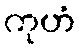
ကုဟံ